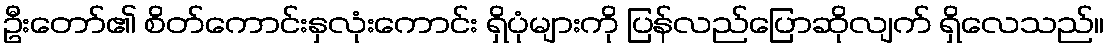
ဦးတော်၏ စိတ်ကောင်းနှလုံးကောင်း ရှိပုံများကို ပြန်လည်ပြောဆိုလျက် ရှိလေသည်။